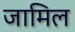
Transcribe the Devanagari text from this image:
जामिल